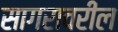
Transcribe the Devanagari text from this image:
सागरावरील